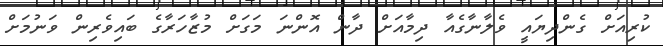
ކުރިއަށް ގެންދިޔައީ ވެލާނާގެއާ ދިމާއަށް ދާން އޮންނަ މަގަށް މުޒާހަރާގެ ބައިވެރިން ވަނުމަށް